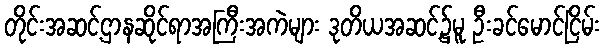
တိုင်းအဆင့်ဌာနဆိုင်ရာအကြီးအကဲများ ဒုတိယအဆင့်၌မူ ဦးခင်မောင်ငြိမ်း